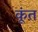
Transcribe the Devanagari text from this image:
कूंत